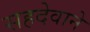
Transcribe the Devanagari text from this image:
सहदेवाने